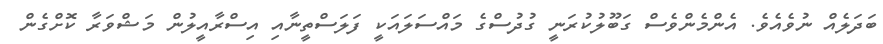
ބަދަލެއް ނުވެއެވެ. އެންމެންވެސް ގަބޫލުކުރަނީ ގުދުސްގެ މައްސަލައަކީ ފަލަސްތީނާއި އިސްރާއީލުން މަޝްވަރާ ކޮށްގެން